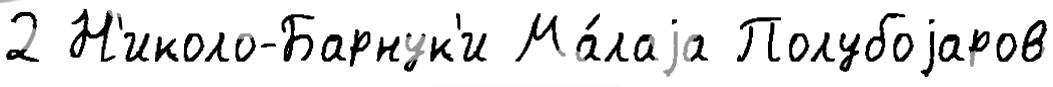
2 Н'иколо-Барнук'и Ма́лаjа Полубоjаров